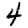
Digit: 4